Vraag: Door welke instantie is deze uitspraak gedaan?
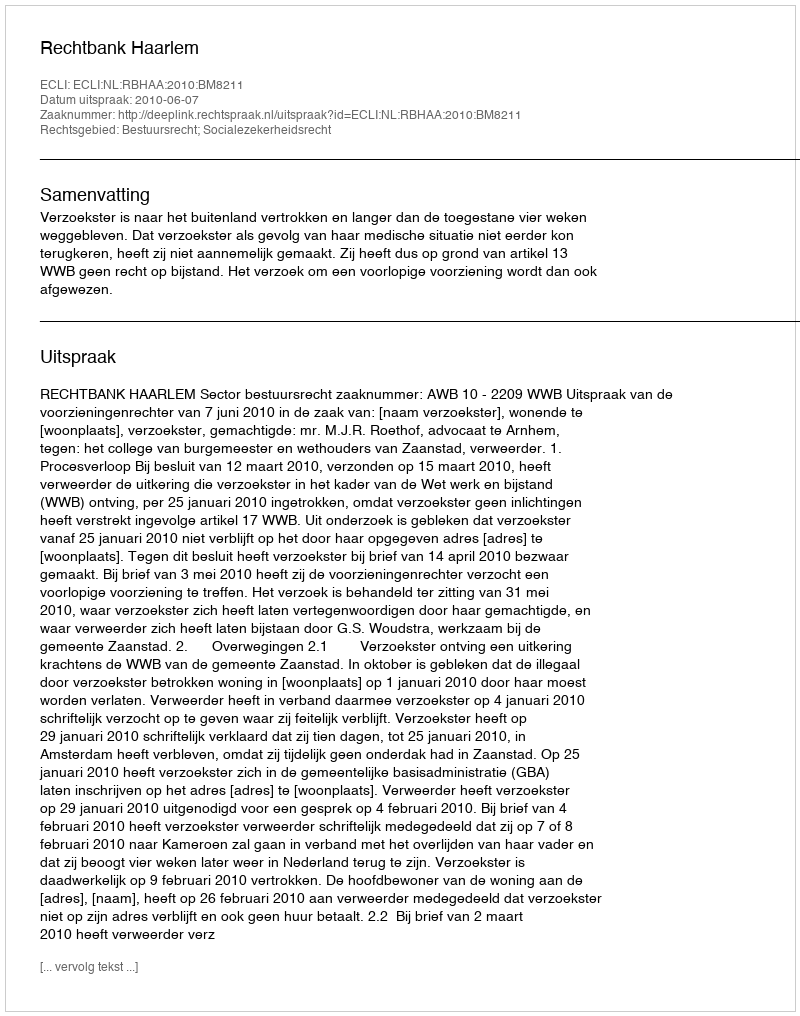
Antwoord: Rechtbank Haarlem